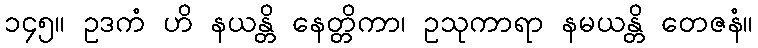
၁၄၅။ ဥဒကံ ဟိ နယန္တိ နေတ္တိကာ၊ ဥသုကာရာ နမယန္တိ တေဇနံ။